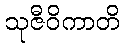
သုဇီဝိကာတိ